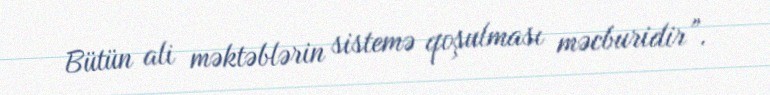
Bütün ali məktəblərin sistemə qoşulması məcburidir”.